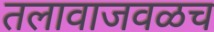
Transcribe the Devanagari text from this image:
तलावाजवळच